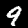
Label: 9